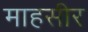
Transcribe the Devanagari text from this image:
माहसीर